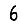
Digit: 6